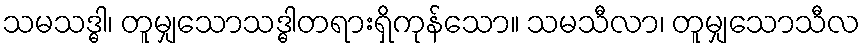
သမသဒ္ဓါ၊ တူမျှသောသဒ္ဓါတရားရှိကုန်သော။ သမသီလာ၊ တူမျှသောသီလ